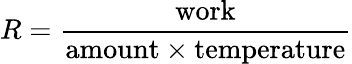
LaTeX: R={\frac{\mathrm{work}}{\mathrm{amount}\times\mathrm{temperature}}}